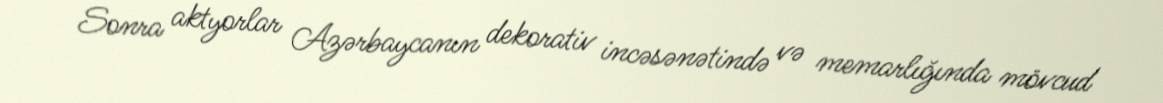
Sonra aktyorlar Azərbaycanın dekorativ incəsənətində və memarlığında mövcud